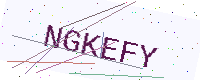
Text: NGKEFY